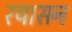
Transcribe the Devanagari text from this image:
रयासन